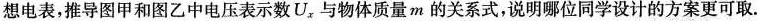
想电表，推导图甲和图乙中电压表示数U_{x}与物体质量m的关系式，说明哪位同学设计的方案更可取.